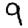
Digit: 9